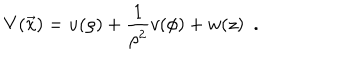
V ( \vec { x } ) = u ( \rho ) + { \frac { 1 } { \rho ^ { 2 } } } v ( \phi ) + w ( z ) \enspace .